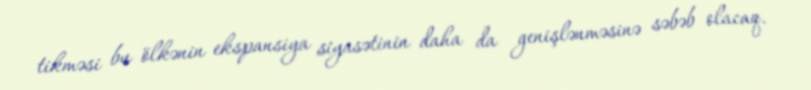
tikməsi bu ölkənin ekspansiya siyasətinin daha da genişlənməsinə səbəb olacaq.